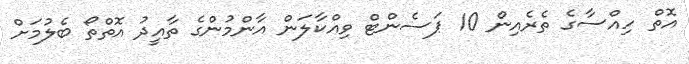
އޮތް ހިއްސާގެ ތެރެއިން 10 ޕަސެންޓް ވިއްކާލަން އާންމުންގެ ތާއީދު އޮތްތޯ ބެލުމަށް